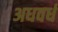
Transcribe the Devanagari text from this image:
अधवर्ध